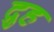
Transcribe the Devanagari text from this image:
द्रुह